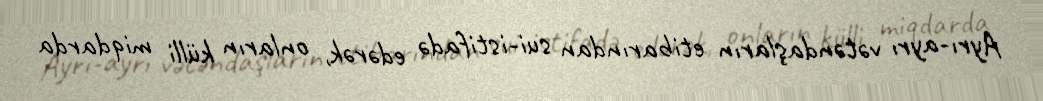
Ayrı-ayrı vətəndaşların etibarından sui-istifadə edərək, onların külli miqdarda